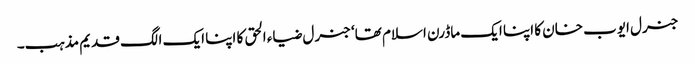
جنرل ایوب خان کا اپنا ایک ماڈرن اسلام تھا‘ جنرل ضیاء الحق کا اپنا ایک الگ قدیم مذہب۔